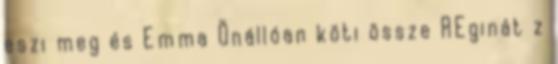
eszi meg és Emma Önállóan köti össze REginát z